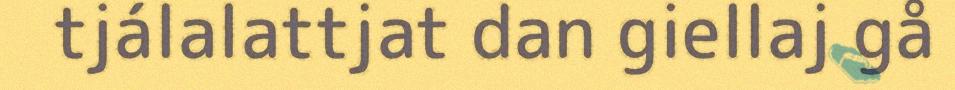
tjálalattjat dan giellaj gå